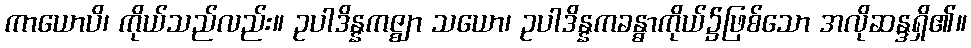
ကာယောပိ၊ ကိုယ်သည်လည်း။ ဥပါဒိန္နကဇ္ဈာ သယော၊ ဥပါဒိန္နကခန္ဓာကိုယ်၌ဖြစ်သော အလိုဆန္ဒရှိ၏။